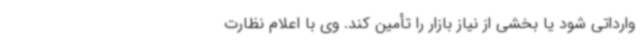
وارداتی شود یا بخشی از نیاز بازار را تأمین کند. وی با اعلام نظارت